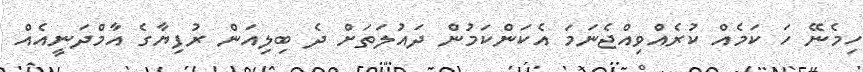
ހިމެނޭ ހަ ކަމެއް ކުރެއްވިއްޖެނަމަ އެކަންކަމުން ދައުލަތަށް ދެ ބިލިއަން ރުފިޔާގެ އާމްދަނީއެއް